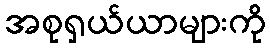
အစုရှယ်ယာများကို